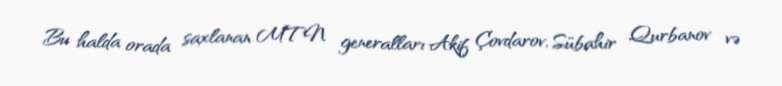
Bu halda orada saxlanan MTN generalları Akif Çovdarov, Sübahir Qurbanov və